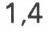
1,4